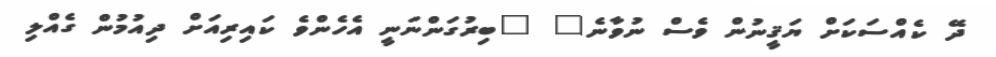
ދޭ ކެއްސަކަށް ޔަޤީނުން ވެސް ނުވާނެ" "ބިރުގަންނަނީ އެހެންވެ ކައިރިއަށް ދިއުމުން ގެއްލި